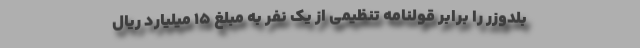
بلدوزر را برابر قولنامه تنظیمی از یک نفر به مبلغ ۱۵ میلیارد ریال